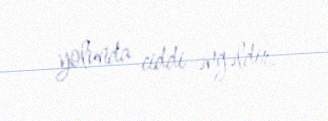
yolunda ciddi əngəldir.